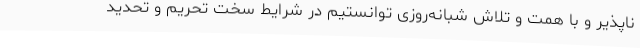
ناپذیر و با همت و تلاش شبانه‌روزی توانستیم در شرایط سخت تحریم و تحدید